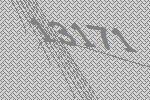
13171